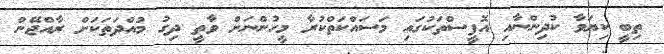
ތިބީ ކިިޔަވާ ކުދިންނާއި އޮފީސްތަކުގައި މަސައްކަތްކުރާ މީހުންނަށް ވާތީ ދިގު މުއްދަތަކަށް ރާއްޖޭން